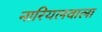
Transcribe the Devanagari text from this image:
नारियलवाला